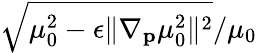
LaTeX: \sqrt{\mu_{0}^{2}-\epsilon\| \nabla_{\mathbf{p}}\mu_{0}^{2}\| ^{2}}/\mu_{0}